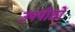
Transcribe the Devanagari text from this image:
उपपीठों